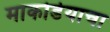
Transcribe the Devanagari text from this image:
माकोडेयाचा